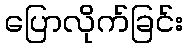
ပြောလိုက်ခြင်း